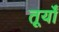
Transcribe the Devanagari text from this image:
तूर्यों